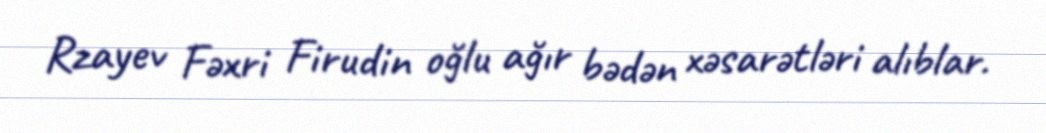
Rzayev Fəxri Firudin oğlu ağır bədən xəsarətləri alıblar.